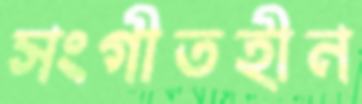
সংগীতহীন